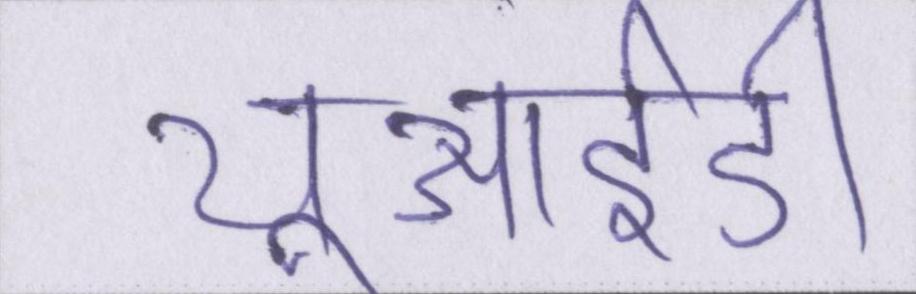
यूआईडी